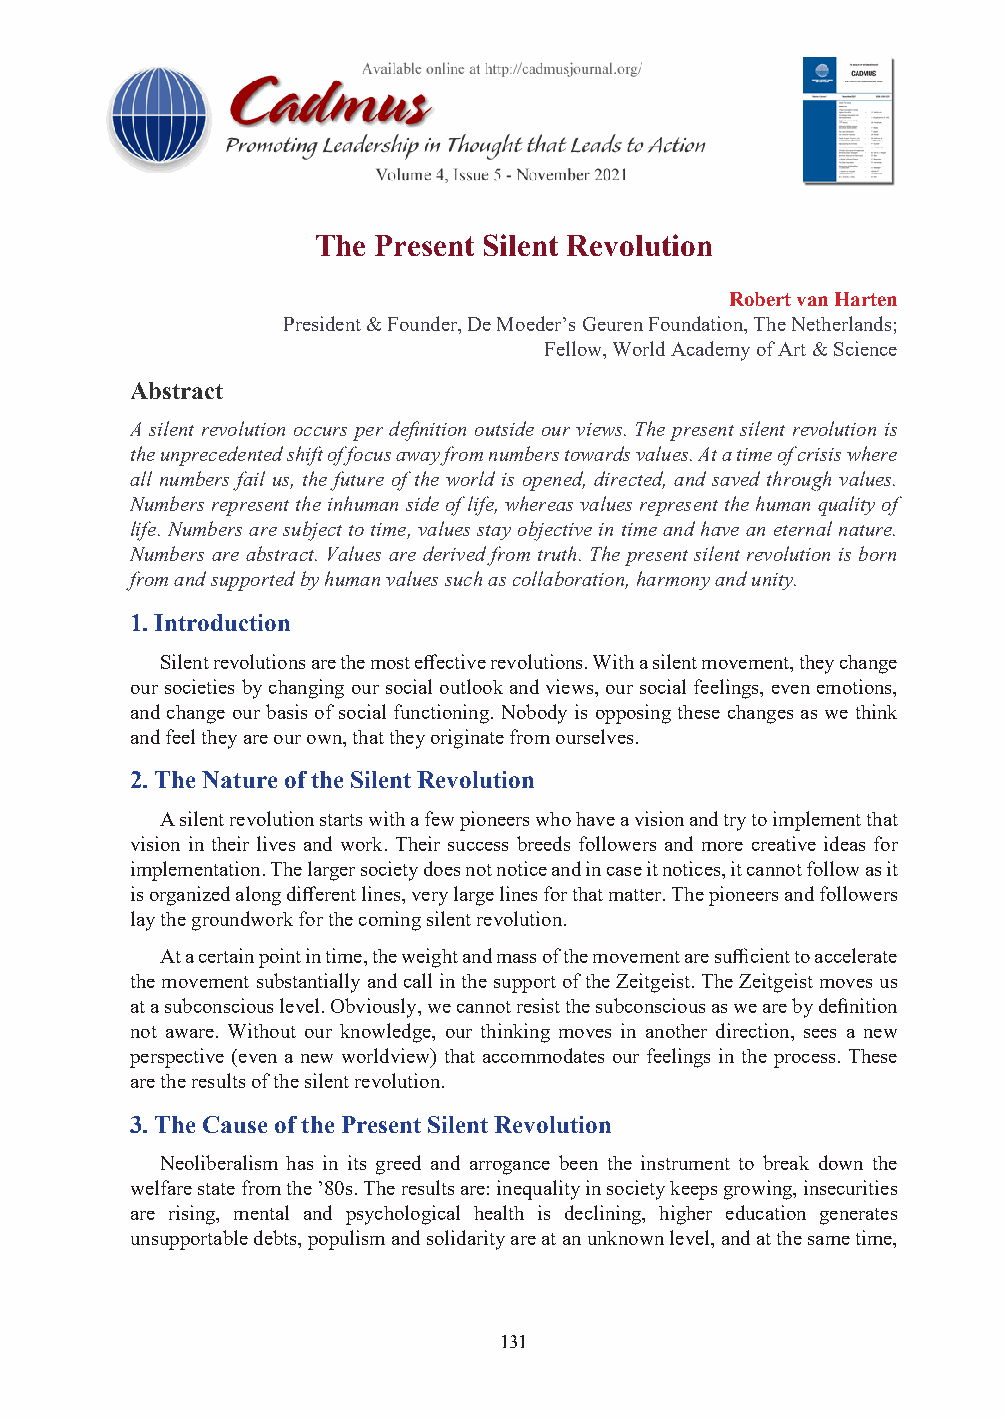
CADMUS, Volume 4, No.5, November 2021, 131-133
 The Present Silent Revolution
 Robert van Harten
 President & Founder, De Moeder’s Geuren Foundation, The Netherlands;
 Fellow, World Academy of Art & Science
 Abstract
 A silent revolution occurs per definition outside our views. The present silent revolution is
 the unprecedented shift of focus away from numbers towards values. At a time of crisis where
 all numbers fail us, the future of the world is opened, directed, and saved through values.
 Numbers represent the inhuman side of life, whereas values represent the human quality of
 life. Numbers are subject to time, values stay objective in time and have an eternal nature.
 Numbers are abstract. Values are derived from truth. The present silent revolution is born
 from and supported by human values such as collaboration, harmony and unity.
 1. Introduction
 Silent revolutions are the most effective revolutions. With a silent movement, they change
 our societies by changing our social outlook and views, our social feelings, even emotions,
 and change our basis of social functioning. Nobody is opposing these changes as we think
 and feel they are our own, that they originate from ourselves.
 2. The Nature of the Silent Revolution
 A silent revolution starts with a few pioneers who have a vision and try to implement that
 vision in their lives and work. Their success breeds followers and more creative ideas for
 implementation. The larger society does not notice and in case it notices, it cannot follow as it
 is organized along different lines, very large lines for that matter. The pioneers and followers
 lay the groundwork for the coming silent revolution.
 At a certain point in time, the weight and mass of the movement are sufficient to accelerate
 the movement substantially and call in the support of the Zeitgeist. The Zeitgeist moves us
 at a subconscious level. Obviously, we cannot resist the subconscious as we are by definition
 not aware. Without our knowledge, our thinking moves in another direction, sees a new
 perspective (even a new worldview) that accommodates our feelings in the process. These
 are the results of the silent revolution.
 3. The Cause of the Present Silent Revolution
 Neoliberalism has in its greed and arrogance been the instrument to break down the
 welfare state from the ’80s. The results are: inequality in society keeps growing, insecurities
 are rising, mental and psychological health is declining, higher education generates
 unsupportable debts, populism and solidarity are at an unknown level, and at the same time,
 PB                               131